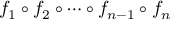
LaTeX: f _ { 1 } \circ f _ { 2 } \circ \cdots \circ f _ { n - 1 } \circ f _ { n }